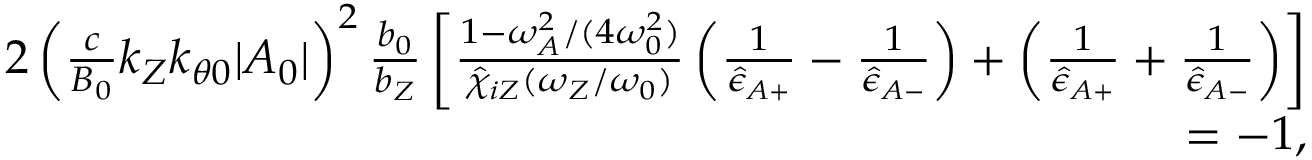
\begin{array} { r l r } & { } & { 2 \left( \frac { c } { B _ { 0 } } k _ { Z } k _ { \theta 0 } \lvert A _ { 0 } \rvert \right) ^ { 2 } \frac { b _ { 0 } } { b _ { Z } } \left[ \frac { 1 - \omega _ { A } ^ { 2 } / ( 4 \omega _ { 0 } ^ { 2 } ) } { \hat { \chi } _ { i Z } ( \omega _ { Z } / \omega _ { 0 } ) } \left( \frac { 1 } { \hat { \epsilon } _ { A + } } - \frac { 1 } { \hat { \epsilon } _ { A - } } \right) + \left( \frac { 1 } { \hat { \epsilon } _ { A + } } + \frac { 1 } { \hat { \epsilon } _ { A - } } \right) \right] } \\ & { } & { = - 1 , } \end{array}